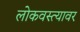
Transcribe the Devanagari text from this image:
लोकवस्त्यावर